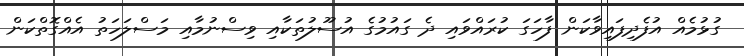
ގުޅުމެއް އުފެދިފައިވާކަން ފާހަގަ ކުރައްވައި ދެ ގައުމުގެ އުސޫލުތަކާއި ވިސްނުމާއި މަސްލަހަތު އެއްގޮތްކަން